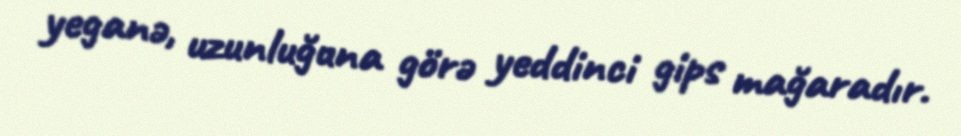
yeganə, uzunluğuna görə yeddinci gips mağaradır.